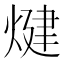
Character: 煡